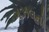
ગઝલનો